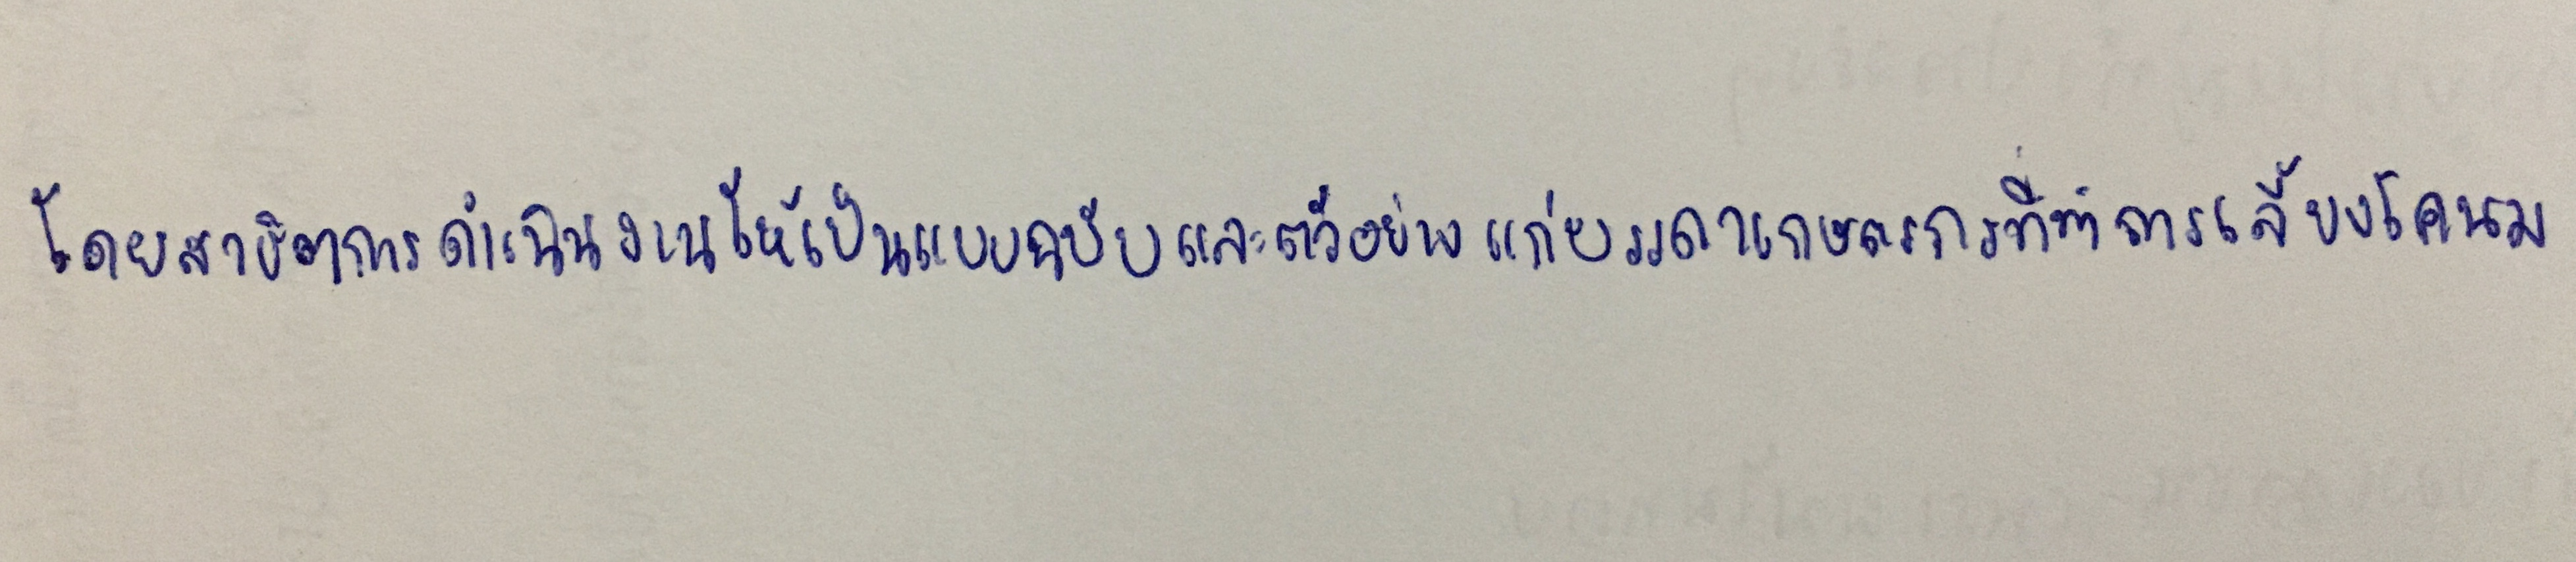
โดยสาธิตการดำเนินงานให้เป็นแบบฉบับและตัวอย่างแก่บรรดาเกษตรกรที่ทำการเลี้ยงโคนม